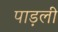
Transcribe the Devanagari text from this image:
पाड़ली